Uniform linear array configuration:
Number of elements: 64
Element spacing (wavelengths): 0.25
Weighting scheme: cosine
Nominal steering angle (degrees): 45
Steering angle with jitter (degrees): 45.964
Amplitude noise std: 0.05
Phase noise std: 0.05

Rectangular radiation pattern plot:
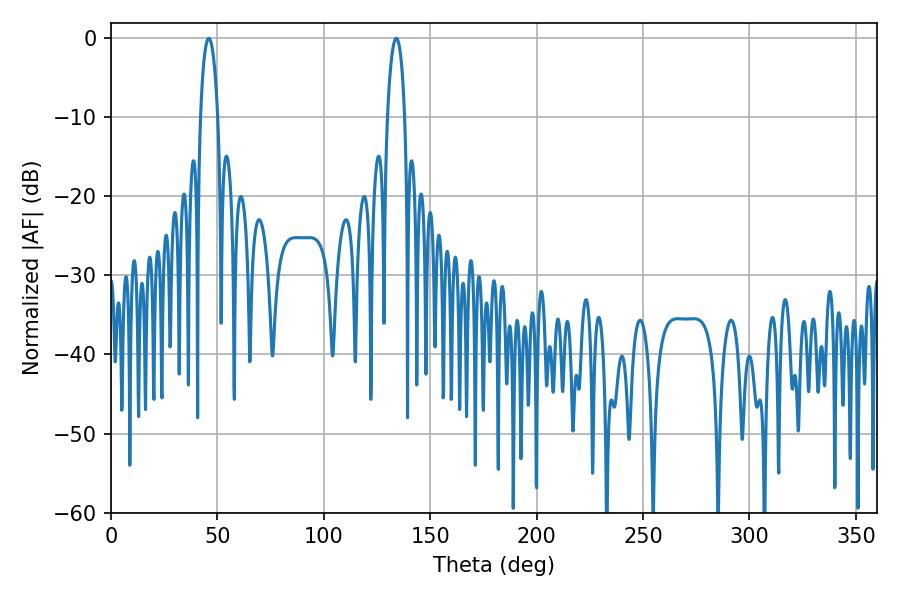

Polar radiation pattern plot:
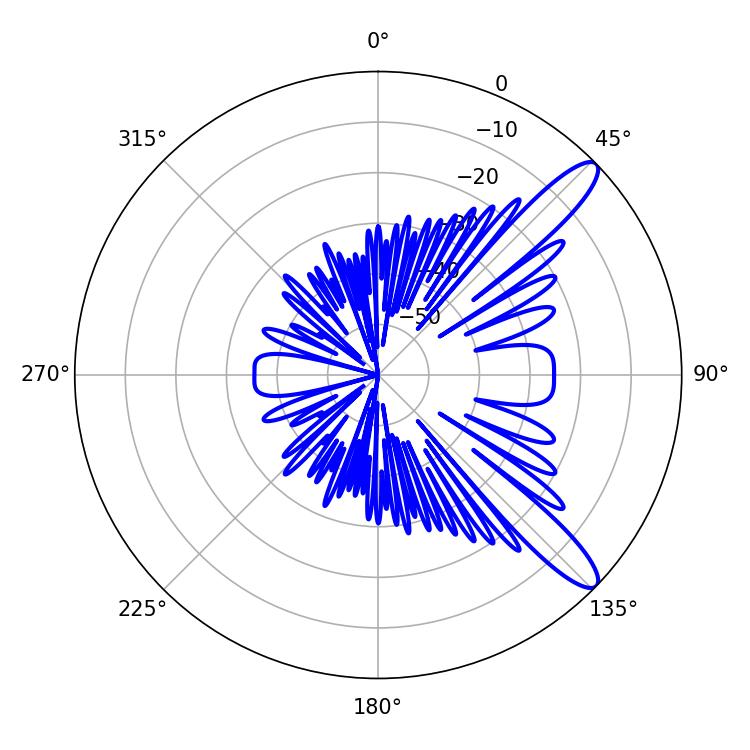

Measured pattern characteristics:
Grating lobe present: FALSE
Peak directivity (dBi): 11.845
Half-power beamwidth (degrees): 4.5
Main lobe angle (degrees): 45.9